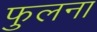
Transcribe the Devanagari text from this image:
फुलना